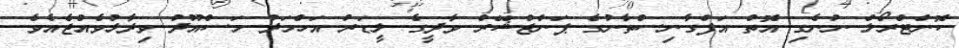
ކޮންޓްރޯލް ނުނެގި އޮތް އަފްގާނިސްތާނުގެ ޕަންޖްޝޭރް ވާދީގެ ލީޑަރު އަހްމަދު މަސްއޫދު ވިދާޅުވެއްޖެއެވެ.